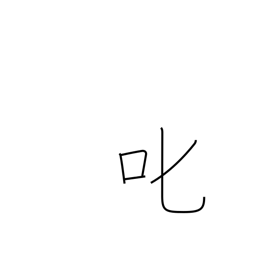
Meaning: reprove